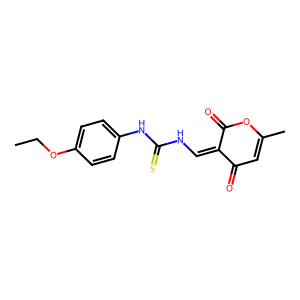
SMILES: CCOc1ccc(NC(=S)NC=C2C(=O)C=C(C)OC2=O)cc1
Inhibits HIV replication: No